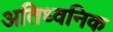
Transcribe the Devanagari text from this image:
अतिध्वनिक